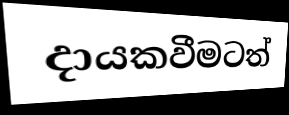
දායකවීමටත්